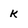
Character: K